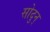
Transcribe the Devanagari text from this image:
सोदुन्